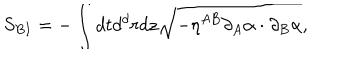
LaTeX: S _ { B I } = - \int d t d ^ { d } r d z \sqrt { - \eta ^ { A B } \partial _ { A } \alpha \cdot \partial _ { B } \alpha } ,